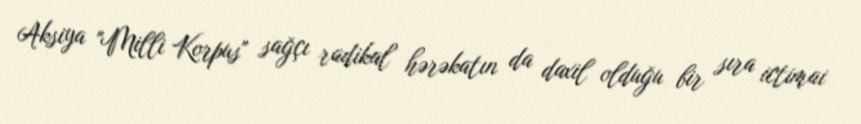
Aksiya "Milli Korpus" sağçı radikal hərəkatın da daxil olduğu bir sıra ictimai